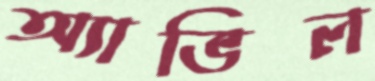
অ্যাভিল